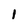
Character: 1